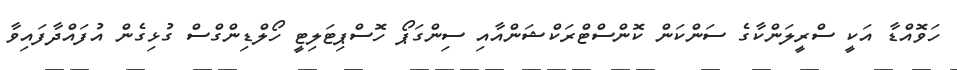
ހަވޮއްޑާ އަކީ ސްރީލަންކާގެ ސަންކަން ކޮންސްޓްރަކްޝަންއާއި ސިންގަޕޯ ހޮސްޕިޓަލިޓީ ހޯލްޑިންގްސް ގުޅިގެން އުފައްދާފައިވާ